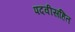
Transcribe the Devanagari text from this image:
पदवीसहित